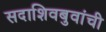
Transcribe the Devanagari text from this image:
सदाशिवबुवांची